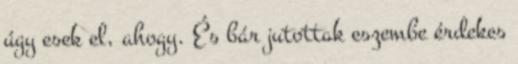
úgy esek el, ahogy. És bár jutottak eszembe érdekes